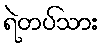
ရဲတပ်သား